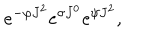
LaTeX: e ^ { - \varphi J ^ { 2 } } e ^ { \sigma J ^ { 0 } } e ^ { \psi J ^ { 2 } } ,